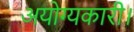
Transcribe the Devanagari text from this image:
अयोग्यकारी।